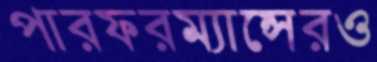
পারফরম্যান্সেরও